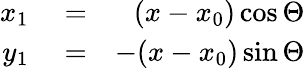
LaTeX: \begin{array}{rlr}{x_{1}}&{{}=}&{(x-x_{0})\cos\Theta}\\ {y_{1}}&{{}=}&{-(x-x_{0})\sin\Theta}\end{array}